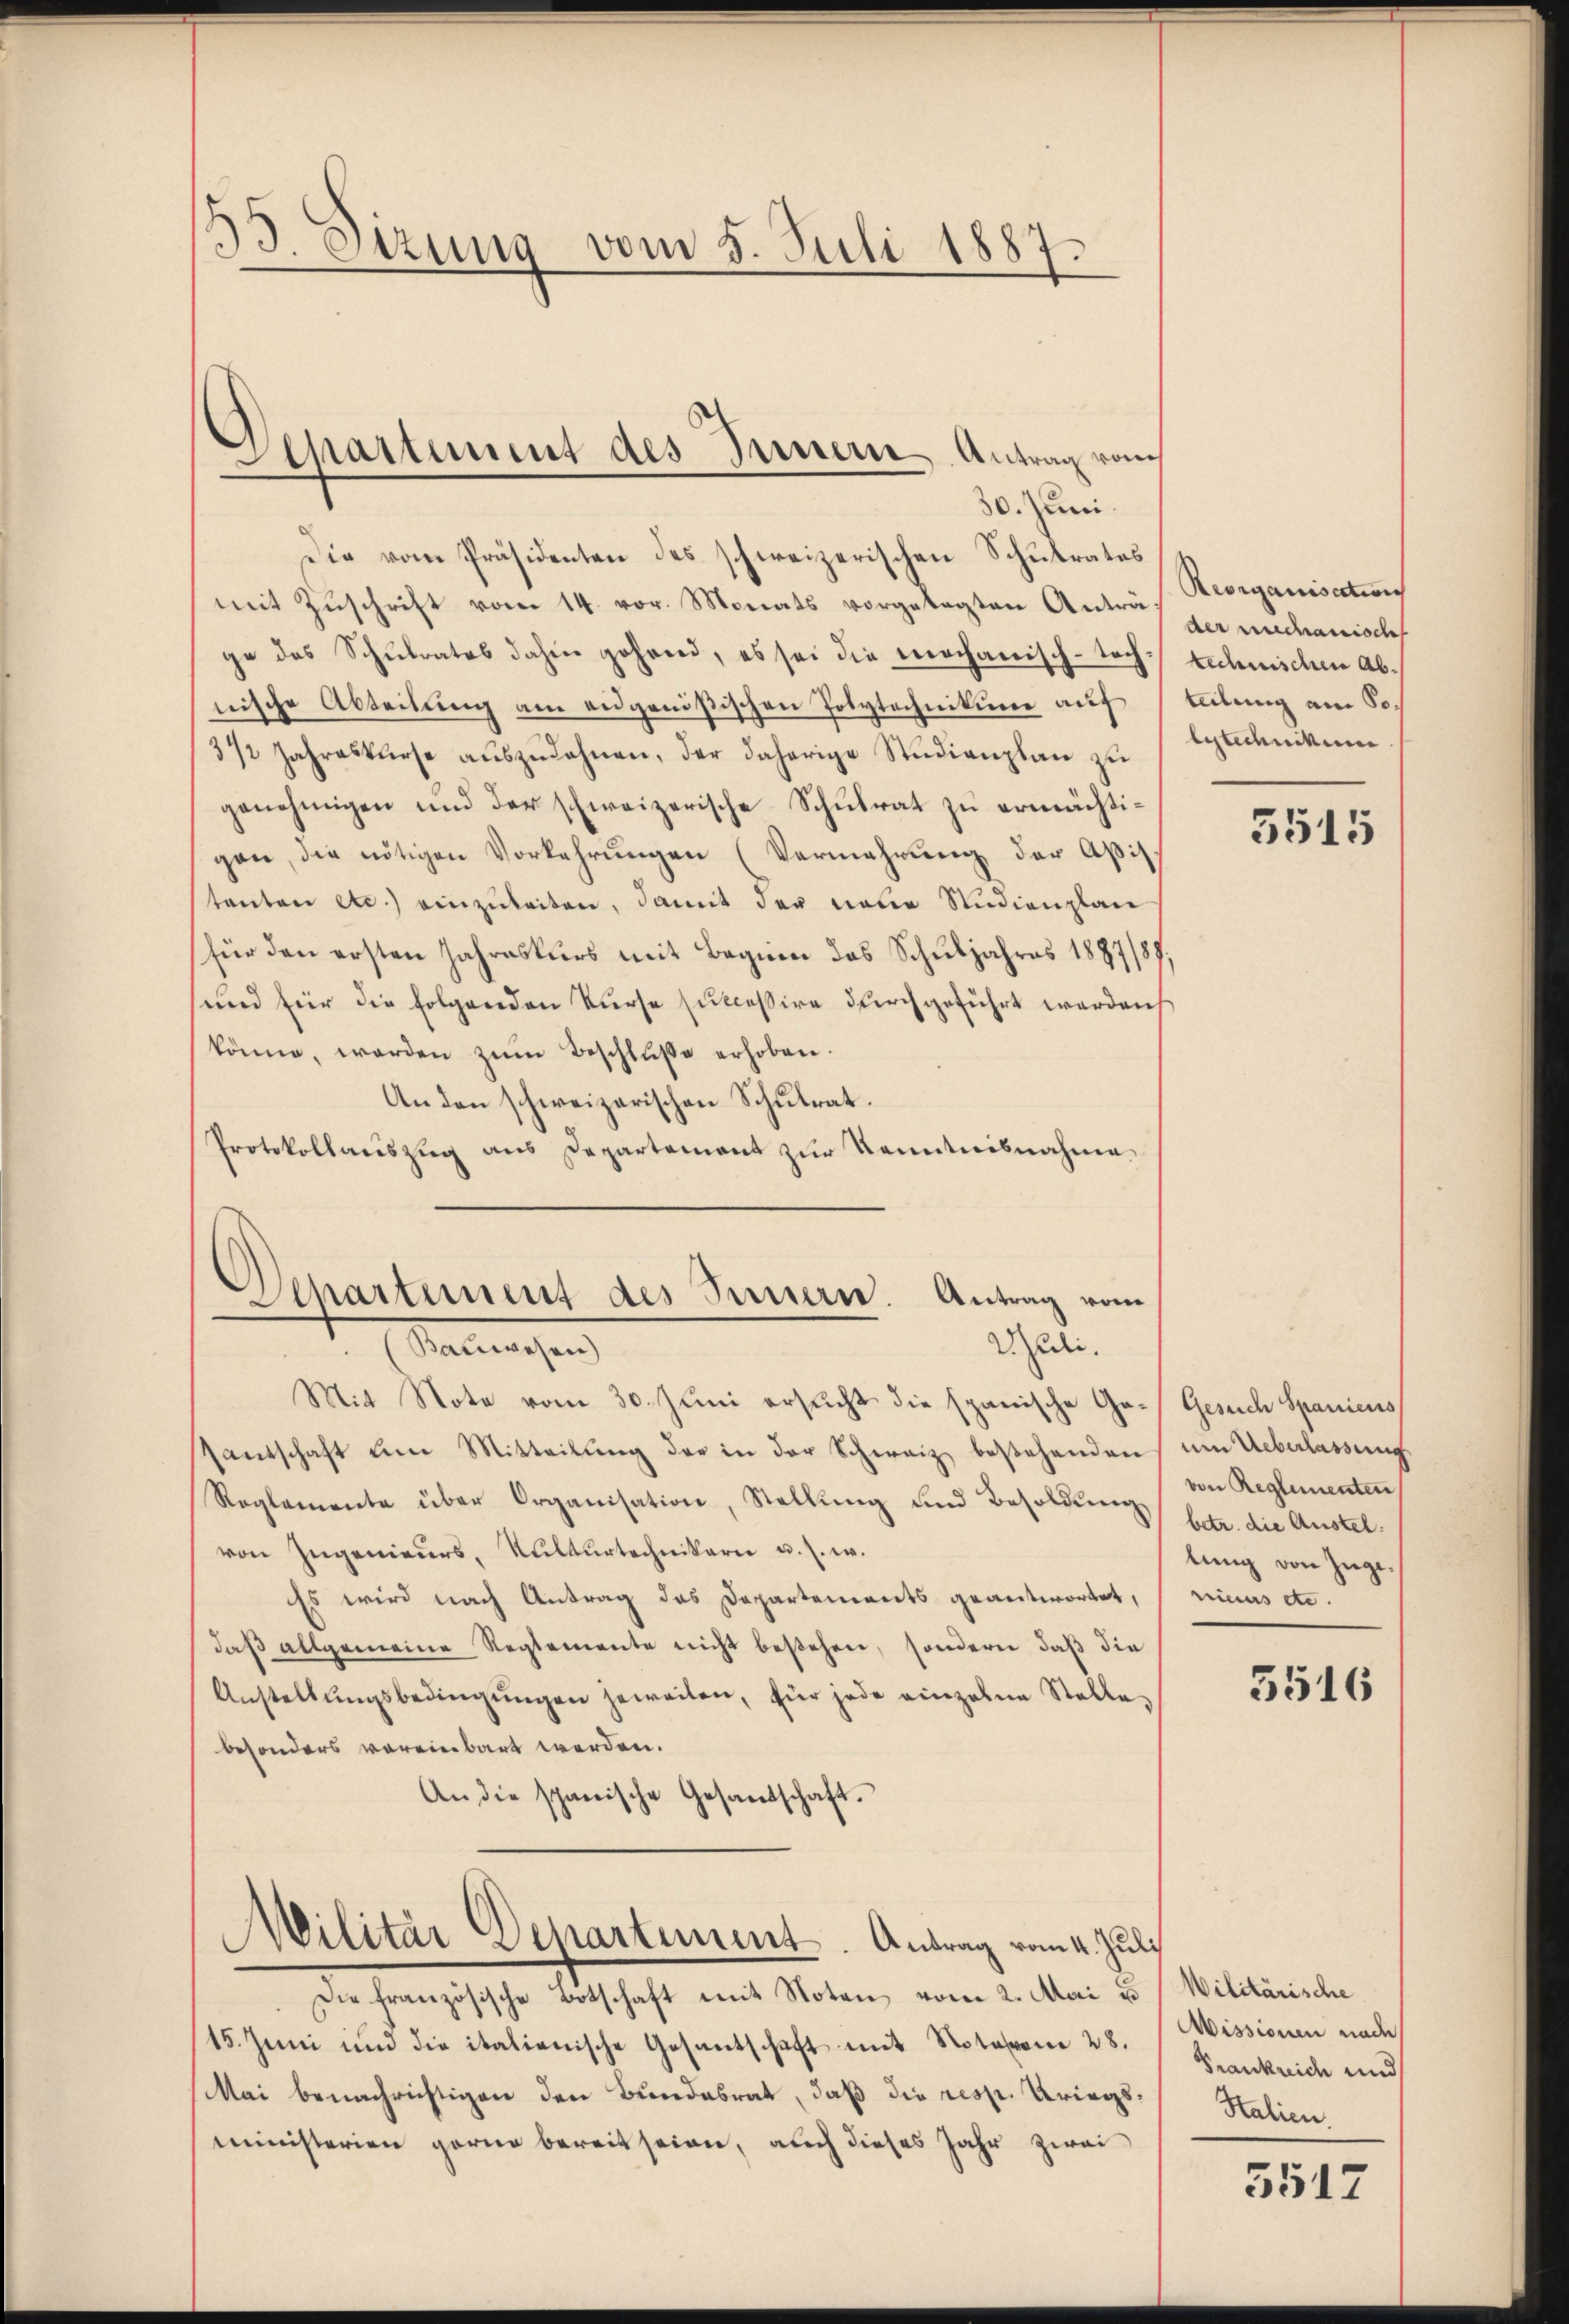
133. Sizung vom 5. Juli 1887.

Die vom Präsidenten des schweizerischen Schulrates
mit Zuschrift vom 14. vor. Monats vorgelegten Anträ Reorganisation
ge des Schŭlrates dahin gehrend, es sei die mechanisch-soch rechnischen abnische Abteilŭng am eidgenößischen Polytechnikum auf teilung am 30.
31/2 Jahreskurse aŭszŭdahnen, der daherige Studienplan zŭ lytechnikum.
genehmigen und der schweizerische Schulrat zu ermächtigen, die nötigen Vorkehrungen (Vermehrung der Aßistanten etc.) einzŭleiten, damit der neue Studienplan
für den ersten Jahreskurs mit Beginn das Schuljahres 1887/87
sund für die Folgenden Kurse successive durchgeführt werden
könne, werden zŭm Beschluße erhoben.
An den schweizerischen Schulrat.
Protokollaŭszŭg ans Departement zŭr Kenntnisnahme

Departement des Innern Antrag von
30. Juni.

Departement des Sinnern. Antrag vom
Sedii.
tmachen

Mit Note vom 30. Juni ersŭcht die spanische Ge- Gesuch Spaniens
Zantschaft um Mitteilŭng der in der Schweiz bestehenden um Ueberlassung
Reglemente über Organisation, Stellŭng und Besoldung betr. die Austelvon Ingenieurs, Kulturtechniker u. s. w.
Es wird nach Antrag des Departements geantwortet, minus etc.
daß allgemeine Reglemente nicht bestehen, sondern daß die
Anstellŭngsbedingŭngen jeweilen, für jede einzelne Stelle,
besonders voreinbart werden.
An die schanische Gesandschaft.
Militär Departement. Antrag vom 4. Juli
Die französische Botschaft mit Noten vom 2. Mai u Wilitärische
15. Juni und die italienische Gesantschaft mit Notaron 28. Wissionen nach
Mai benachrichtigen den Bundesrat, daß die resse Kriegsministerien gerne bereit seien, auch dieses Jahr zwei

der mechanisch

5515

von Reglementen
lung von Juge.
5516

Frankreich und
Stalien.

5517